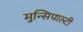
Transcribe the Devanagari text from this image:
मुन्सिपाल्टी